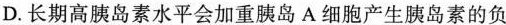
D.长期高胰岛素水平会加重胰岛A细胞产生胰岛素的负